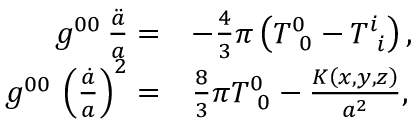
\begin{array} { r l } { g ^ { 0 0 } \, \frac { \ddot { a } } { a } = } & { - \frac { 4 } { 3 } \pi \left( T _ { \, \, \, 0 } ^ { 0 } - T _ { \, \, \, i } ^ { i } \right) , } \\ { g ^ { 0 0 } \, \left( \frac { \dot { a } } { a } \right) ^ { 2 } = } & { \frac { 8 } { 3 } \pi T _ { \, \, \, 0 } ^ { 0 } - \frac { K \left( x , y , z \right) } { a ^ { 2 } } , } \end{array}